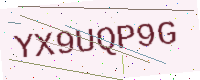
Text: YX9UQP9G